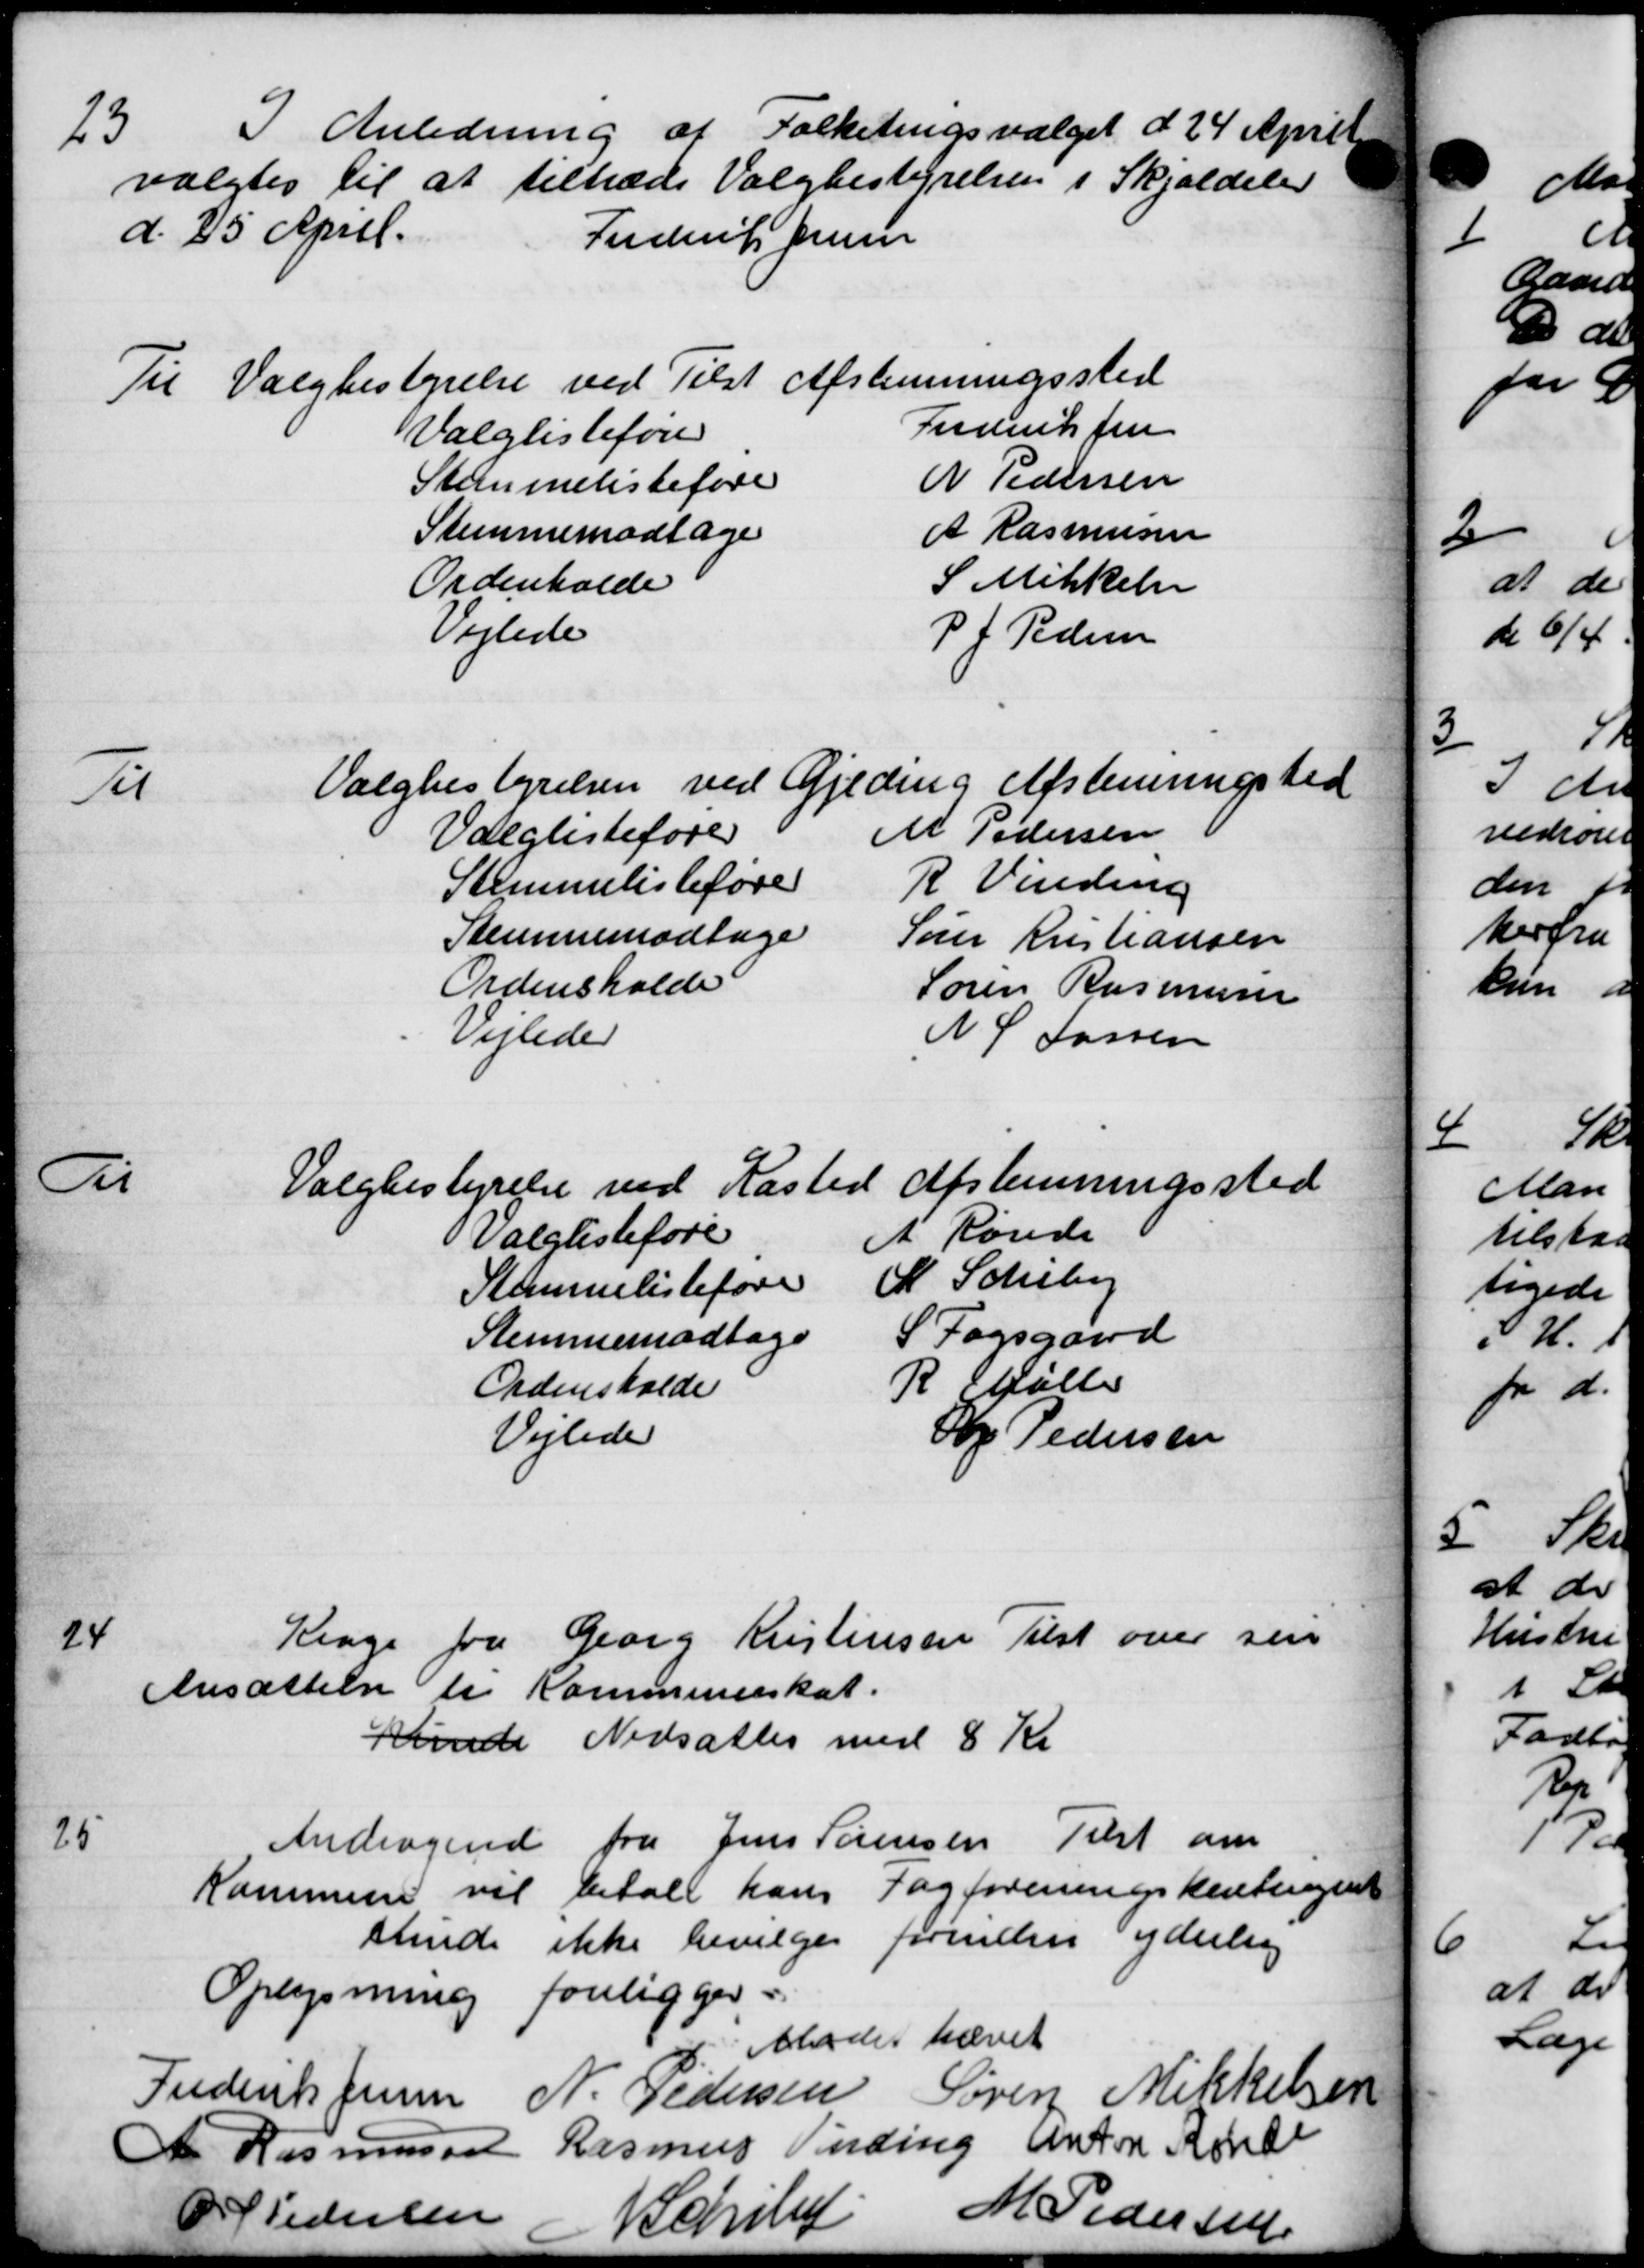
Transskription:
23
I Anledning af Folketingsvalget d 24 April
valgtes til at tiltræde Valgbestyrelsen i Skjoldeler
d. 25 April.
Frederik Jensen
Til Valgbestyrelse ved Tilst Afstemningssted
Valglisteføre Frederiksen
Stemmelisteføre N Pedersen
Stemmemodtage A Rasmussen
Ordenholde S Mikkelsen
Vejlede P. J. Pedersen
Til Valgbestyrelsen ved Gjeding Afstemnigsted
Valglisteføre M Pedersen
Stemmelisteføre R Vinding
Stemmemodtage Søren Kristiansen
Ordensholde Søren Rasmussen
Vejledes N P Larsen
A Valgtes tyrelse ved Kasted Afstemningssted
Valglisteføre
A Rørde
Stemmelisteføre
A. Scheby
Stemmemodtage
S Fogsgaard
Ordensholde
R. Søller
Vejlede
O Pedersen
24
Klage fra Georg Kristensen Tilst over sin
Ansættelse til Kommuneskat.
kunde Nedsættes med 8 Kr
25
Andragende fra Jens Sørensen Tilst om
Kommunen vil betale hans Fagforeningskentingen
stende ikke bevilges forinden yderling
Oplysning foreligger.
Maadet hævet
Frederik Jensen N. Pedersen Søren Mikkelsen
A. Rasmussen Rasmus Verding Anton
P P Pedersen Schrlu
2